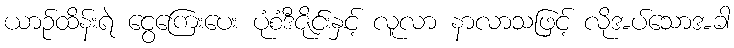
ယာဉ်ထိန်းရဲ ငွေကြေးပေး ပုံစံဒီဇိုင်းနှင့် လူလာ နာလာသဖြင့် လိုအပ်သောအခါ